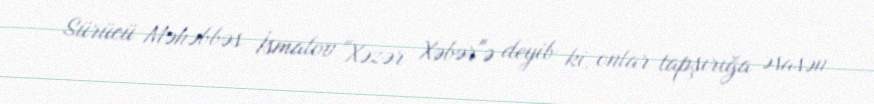
Sürücü Məhəbbəs İsmalov "Xəzər Xəbər"ə deyib ki, onlar tapşırığa əsasən